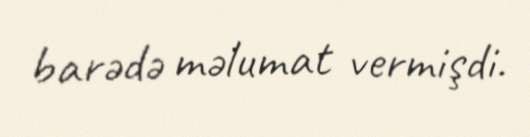
barədə məlumat vermişdi.